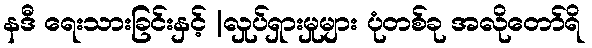
နဒီ ရေးသားခြင်းနှင့် |လှုပ်ရှားမှုများ ပုံတစ်ခု အလိုတော်ရိ